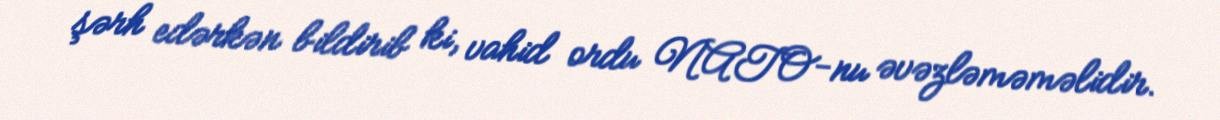
şərh edərkən bildirib ki, vahid ordu NATO-nu əvəzləməməlidir.